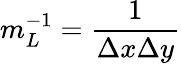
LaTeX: m_{L}^{-1}=\frac{1}{\Delta x\Delta y}